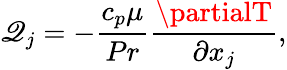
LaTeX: {\mathscr{Q}_{j}}=-\frac{{{{c_{p}}\mu}}}{{{Pr}}}\frac{{{\partialT}}}{{{\partial{x_{j}}}}},